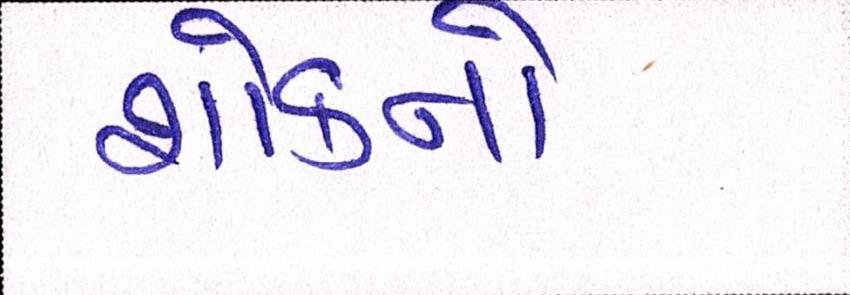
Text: શોકનો